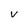
Character: v